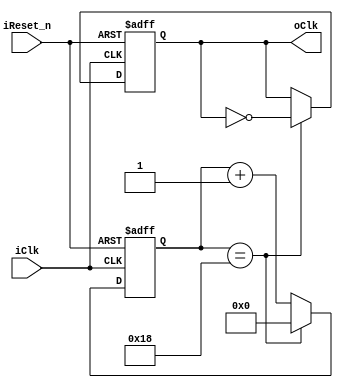
module Divider(input iClk,  //orignal clock
             input iReset_n,    //reset signal, active low
             output reg oClk    //divided clock
             );
    
    reg [4:0] count;
    
    always @(posedge iClk or negedge iReset_n)
        if (!iReset_n)
        begin
            count  <= 0;
            oClk <= 1;
        end
        else
        begin
            if (count == 25 - 1)
            begin
                count  <= 0;
                oClk <= ~oClk;
            end
            else
            begin
                count <= count + 1;
            end
        end
    
endmodule